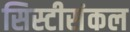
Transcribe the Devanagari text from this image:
सिस्टीसंकल